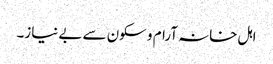
اہل خانہ آرام و سکون سے بے نیاز۔